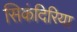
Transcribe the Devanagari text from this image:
सिकंदिरिया